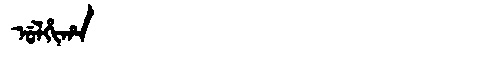
Manchu: ᡠᠯᡥᡳᡥᠠ
Romanization: ULHIHA